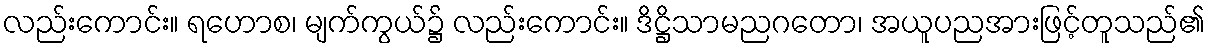
လည်းကောင်း။ ရဟောစ၊ မျက်ကွယ်၌ လည်းကောင်း။ ဒိဋ္ဌိသာမညဂတော၊ အယူပညအားဖြင့်တူသည်၏